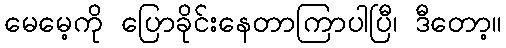
မေမေ့ကို ပြောခိုင်းနေတာကြာပါပြီ၊ ဒီတော့။